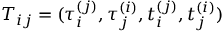
T _ { i j } = ( \tau _ { i } ^ { ( j ) } , \tau _ { j } ^ { ( i ) } , t _ { i } ^ { ( j ) } , t _ { j } ^ { ( i ) } )